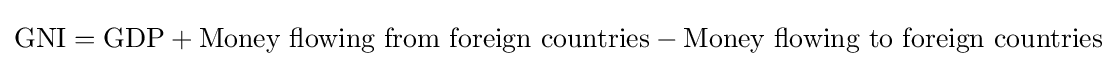
\mathrm {GNI} =\mathrm {GDP} +{\text{Money flowing from foreign countries}}-{\text{Money flowing to foreign countries}}